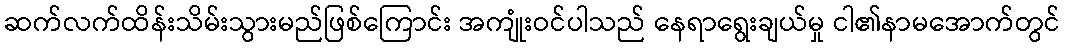
ဆက်လက်ထိန်းသိမ်းသွားမည်ဖြစ်ကြောင်း အကျုံးဝင်ပါသည် နေရာရွေးချယ်မှု ငါ၏နာမအောက်တွင်